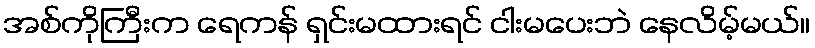
အစ်ကိုကြီးက ရေကန် ရှင်းမထားရင် ငါးမပေးဘဲ နေလိမ့်မယ်။